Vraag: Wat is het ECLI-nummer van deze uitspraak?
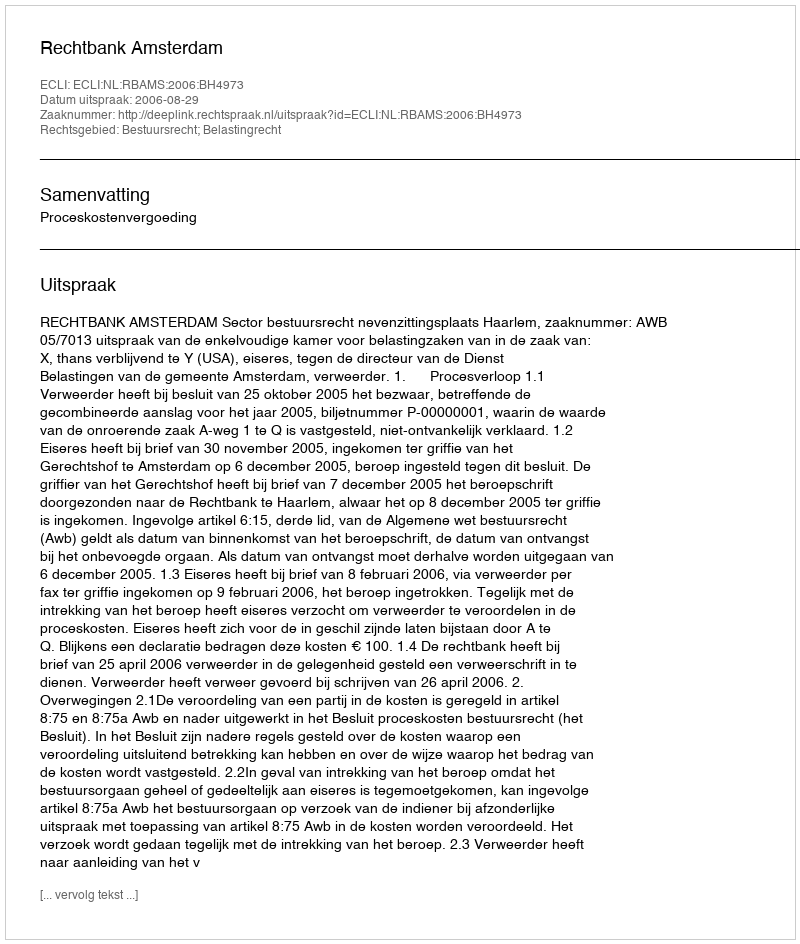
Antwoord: ECLI:NL:RBAMS:2006:BH4973